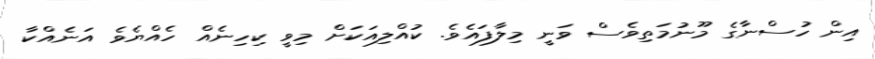
އިން ހުސްނާގެ މޫނުމަތިވެސް ވަނީ މިލާފައެވެ. ކުއްލިއަކަށް މިވީ ކިހިނެއް ހެއްޔެވެ އަނެއްކާ